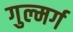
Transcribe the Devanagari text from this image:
गुल्मर्ग